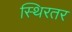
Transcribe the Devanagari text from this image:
स्थिरतर